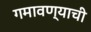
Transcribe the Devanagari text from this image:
गमावण्याची